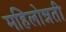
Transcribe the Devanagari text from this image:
महिलोन्नती